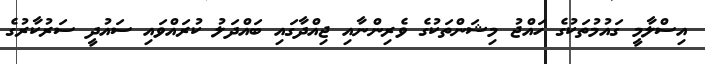
އިސްލާމީ ގައުމުތަކުގެ ހައްޖު މިޝަންތަކުގެ ވެރިންނާއި ޖިއްދާގައި ބައްދަލު ކުރައްވައި ސައުދީ ސަރުކާރުގެ